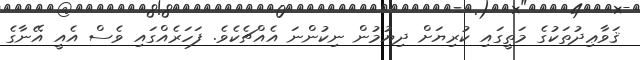
ޤަވާޢިދުތަކުގެ މަތީގައި ކުރިޔަށް ދިޔުމުން ނިކުންނަ އެއްޗެކެވެ. ފަހަރެއްގައި ވެސް އެއީ އޭނާގެ